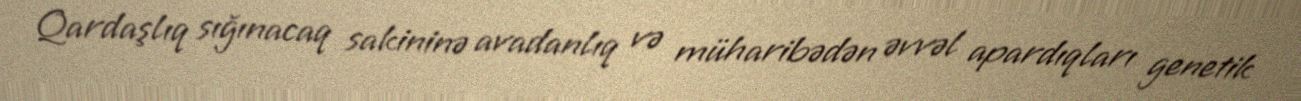
Qardaşlıq sığınacaq sakininə avadanlıq və müharibədən əvvəl apardıqları genetik